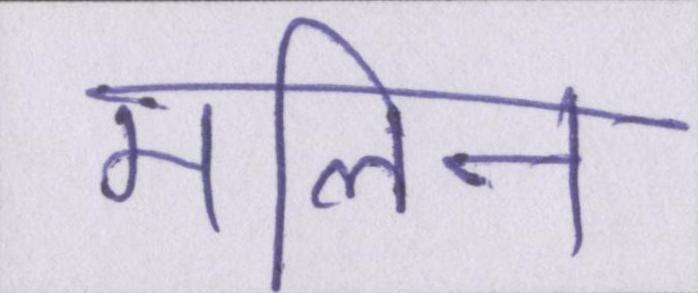
मलिन